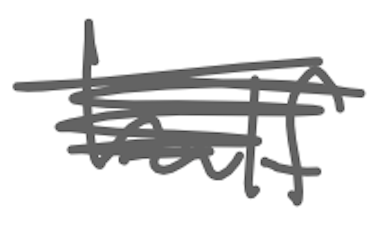
Text: half
Cross-out: scratch
Writing tool: digital_gray